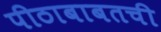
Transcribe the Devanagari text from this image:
पीठाबाबतची